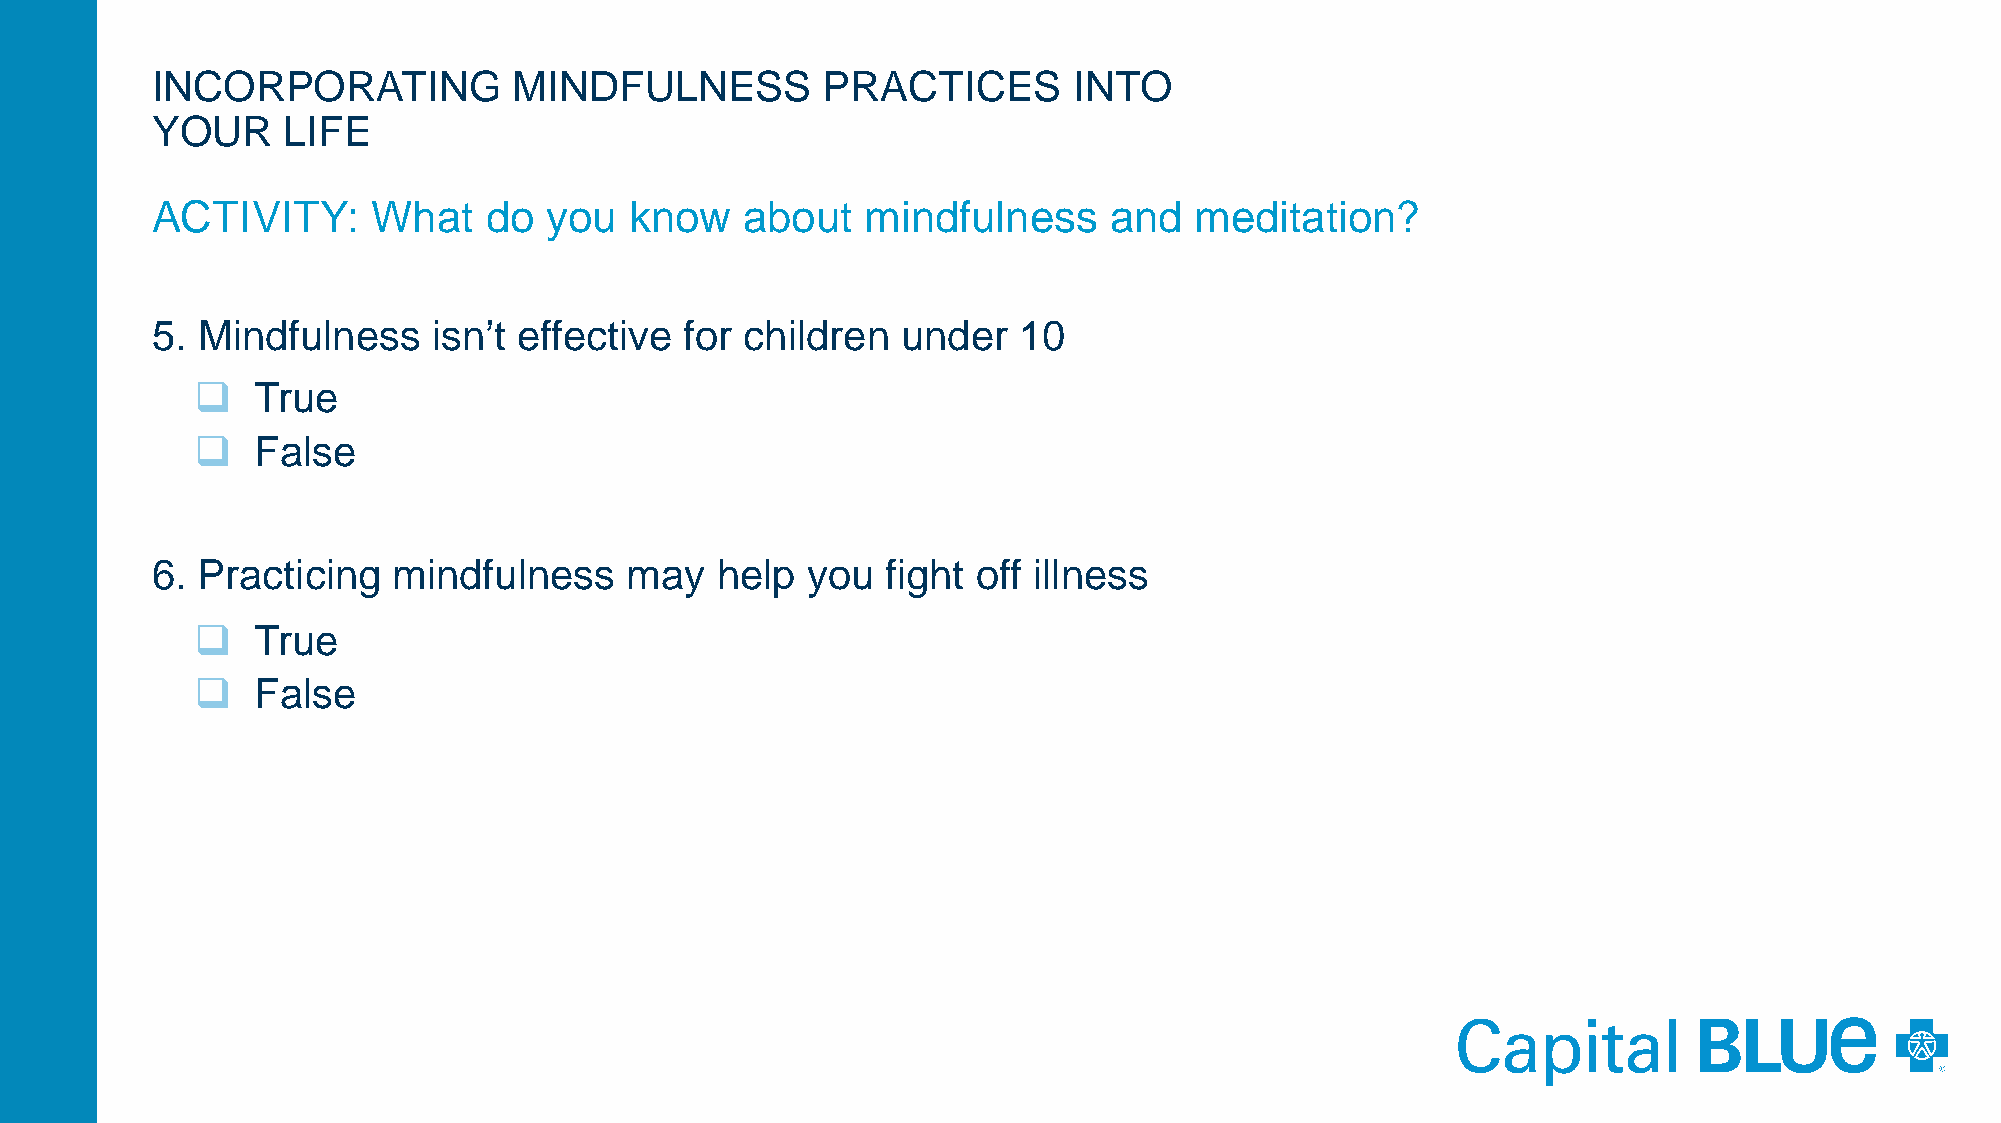
INCORPORATING           MINDFULNESS         PRACTICES        INTO
 YOUR     LIFE
 ACTIVITY:      What   do  you   know   about   mindfulness     and   meditation?
 5. Mindfulness     isn’t effective for children   under  10
    True
    False
 6. Practicing   mindfulness    may   help  you   fight off illness
    True
    False